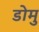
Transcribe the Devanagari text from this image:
डोमु